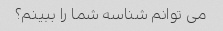
می توانم شناسه شما را ببینم؟